Indian journal of veterinary science and animal husbandry - Volume 5,
Year: 1935
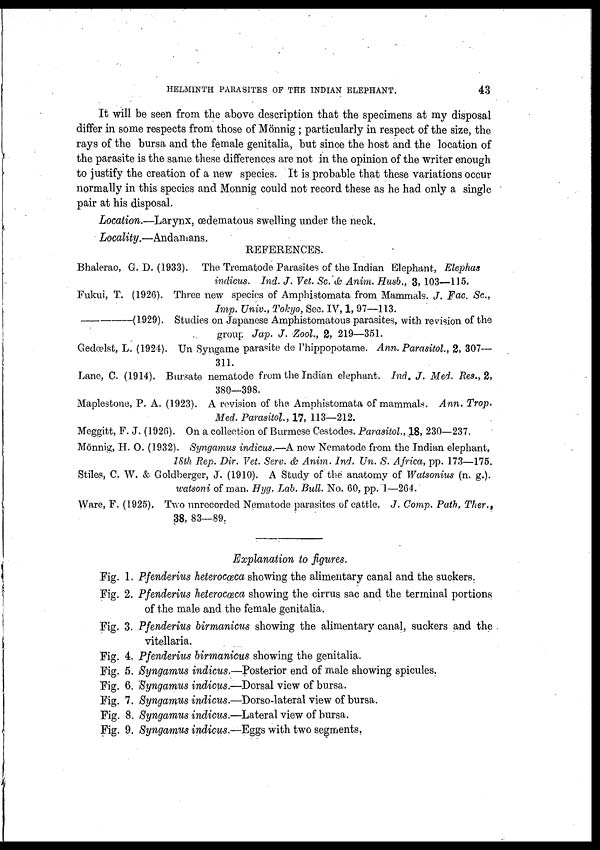
HELMINTH PARASITES OF THE INDIAN ELEPHANT.
43
It will be seen from the above description that the specimens at my disposal
differ in some respects from those of Mönnig ; particularly in respect of the size, the
rays of the bursa and the female genitalia, but since the host and the location of
the parasite is the same these differences are not in the opinion of the writer enough
to justify the creation of a new species. It is probable that these variations occur
normally in this species and Monnig could not record these as he had only a single
pair at his disposal.
Location.—Larynx, œdematous swelling under the neck.
Locality.—Andamans.
REFERENCES.
Bhalerao, G. D. (1933). The Trematode Parasites of the Indian Elephant, Elephas
indicus. Ind. J. Vet. Sc. & Anim. Husb., 3, 103—115.
Fukui, T. (1926). Three new species of Amphistomata from Mammals. J. Fac. Sc.,
Imp. Univ., Tokyo, Sec. IV, 1, 97—113.
(1929). Studies on Japanese Amphistomatous parasites, with revision of the
group Jap. J. Zool., 2, 219—351.
Gedœlst, L. (1924). Un Syngame parasite de Phippopotame. Ann. Parasitol., 2, 307—
311.
Lane, C. (1914). Bursate nematode from the Indian elephant. Ind, J. Med. Res., 2,
380—398.
Maplestone, P. A. (1923). A revision of the Amphistomata of mammals. Ann. Trop.
Med. Parasitol, 17, 113—212.
Meggitt, F. J. (1926). On a collection of Burmese Cestodes. Parasitol., 18, 230—237.
Mönnig, H. O. (1932). Syngamus indicus.—A new Nematode from the Indian elephant,
18th Rep. Dir. Vet. Serv. & Anim. Ind. Un. S. Africa, pp. 173—175.
Stiles, C. W. & Goldberger, J. (1910). A Study of the anatomy of Watsonius (n. g.).
watsoni of man. Hyg. Lab. Bull. No. 60, pp. 1—264.
Ware, F. (1925). Two unrecorded Nematode parasites of cattle. J. Comp. Path, Ther.,
38, 83—89.
Explanation to figures.
Fig. 1. Pfenderius heterocœca showing the alimentary canal and the suckers.
Fig. 2. Pfenderius heterocœzca showing the cirrus sac and the terminal portions
of the male and the female genitalia.
Fig. 3. Pfenderius birmanicus showing the alimentary canal, suckers and the
vitellaria.
Fig. 4. Pfenderius birmanicus showing the genitalia.
Fig. 5. Syngamus indicus.—Posterior end of male showing spicules.
Fig. 6. Syngamus indicus.—Dorsal view of bursa.
Fig. 7. Syngamus indicus.—Dorso-lateral view of bursa.
Fig. 8. Syngamus indicus.—Lateral view of bursa.
Fig. 9. Syngamus indicus.—Eggs with two segments.